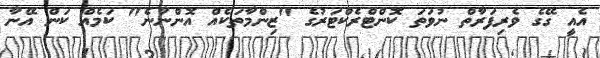
އެއީ ގޭގެ ވެރިފަރާތް ނުވަތަ ކޮންޓްރެކްޓަރުގެ "ޒިންމާތަކެއް އޮންނާނެ" ކަމެއް ކަން އޭނާ